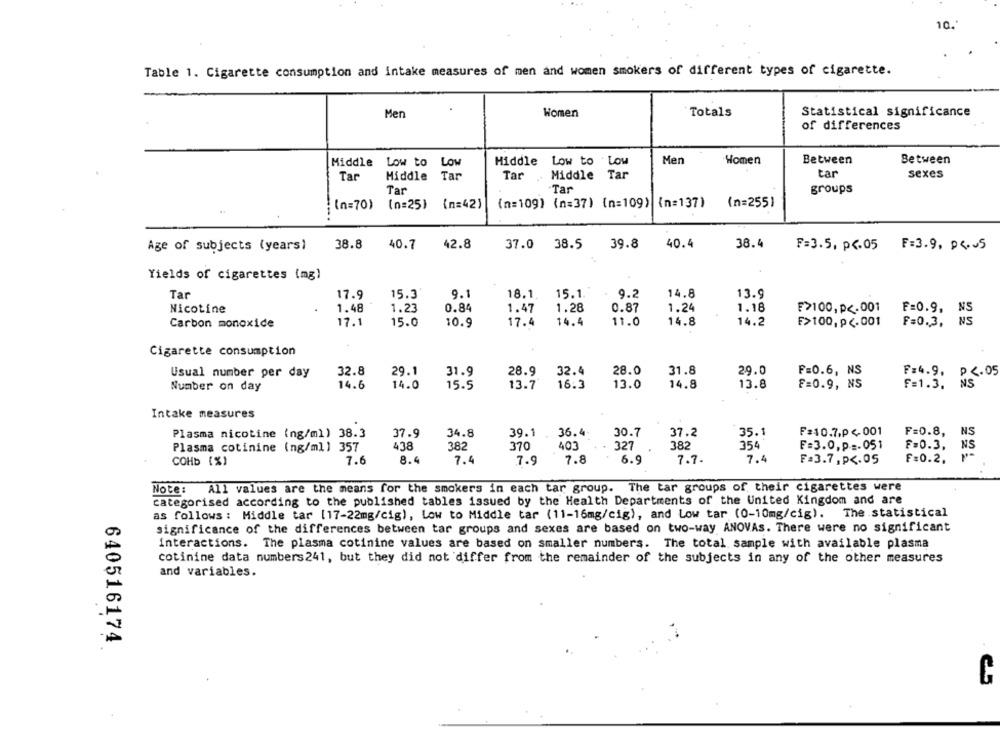
10.
Table 1. Cigarette consumption and intake measures of men and women smokers of different types of cigarette.
Women
Totals
Statistical significance
Men
of differences
Middle Low to Low
Hiddle Low to Low
Men
Women
Between
Between
tar
Tar
Middle
Tar
Tar . Middle Tar
sexes
Tar
.Tar
groups
(n=255)
(n=70) (n=25)
(n=42)
(n=109) (n=37) (n=109)
(n=137)
-....
Age of subjects (years)
38.8
40.7
42.8
37.0
38.5
39.8
40.4
38.4
F=3.5, p <. 05
F=3.9, 04.05
Yields of cigarettes (mg)
Tar
17.9
15.3
9.1
18.1
15.1
9.2
14.8
13.9
Nicotine
1.48
0.84
1.47
1.28
0.87
1.24
1.18
1.23
F>100,p <. 001
F=0.9, NS
Carbon monoxide
17.1
15.0
17.4
14.4
11.0
14.8
14.2
F>100,p <. 001
F=0.3, NS
10.9
Cigarette consumption
Usual number per day
32.8
29.1
31.9
28.9
32.4
28.0
31.8
29.0
F=0.6, NS
F=4.9, p <. 05
Number on day
14.6
14.0
15.5
13.7
16:3
13.0
14.8
13.8
F=0.9, NS
F=1.3.
NS
Intake measures
Plasma nicotine (ng/ml) 38.3
37.9
34.8
39.1
36.4
30.7
37.2
35.1
F=10.7.p <001
F=0.8,
NS
Plasma cotinine (ng/ml) 357
438
382
370
403
327
382
354
F=3.0, p =. 051
F=0.3,
NS
COHb (%)
7.6
8.4
7.4
7.9
7.8
6.9
7.7.
7.4
F=3.7,p <. 05
F=0.2.
All values are the means for the smokers in each tar group. The tar groups of their cigarettes were
Note :
categorised according to the published tables issued by the Health Departments of the United Kingdom and are
as follows : Middle tar [17-22mg/cig), Low to Middle tar (11-16mg/cig), and Low tar (0-10mg/cig).
The statistical
significance of the differences between tar groups and sexes are based on two-way ANOVAs. There were no significant
interactions. The plasma cotinine values are based on smaller numbers. The total sample with available plasma
cotinine data numbers 241, but they did not differ from the remainder of the subjects in any of the other measures
and variables.
640516174